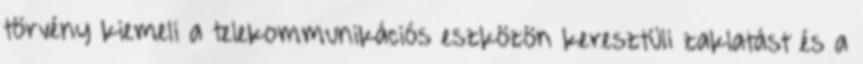
törvény kiemeli a telekommunikációs eszközön keresztüli zaklatást és a